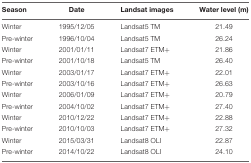
| Season | Date | Landsat images | Water level (m) |
 | --- | --- | --- | --- |
 | Winter | 1995/12/05 | Landsat5 TM | 21.49 |
 | Pre-winter | 1996/10/04 | Landsat5 TM | 26.24 |
 | Winter | 2001/01/11 | Landsat7 ETM+ | 21.86 |
 | Pre-winter | 2001/10/18 | Landsat5 TM | 26.40 |
 | Winter | 2003/01/17 | Landsat7 ETM+ | 22.01 |
 | Pre-winter | 2003/10/16 | Landsat7 ETM+ | 26.63 |
 | Winter | 2006/01/09 | Landsat7 ETM+ | 20.79 |
 | Pre-winter | 2004/10/02 | Landsat7 ETM+ | 27.40 |
 | Winter | 2010/12/22 | Landsat7 ETM+ | 22.88 |
 | Pre-winter | 2010/10/03 | Landsat7 ETM+ | 27.32 |
 | Winter | 2015/03/31 | Landsat8 OLI | 22.87 |
 | Pre-winter | 2014/10/22 | Landsat8 OLI | 24.10 |